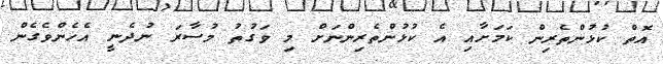
އޮތް ކުޅުންތެރިން ކަމަށާއި އެ ކުޅުންތެރިންނަށް މި ވަގުތު މުސާރަ ނުދެނީ އެހެންވެގެން